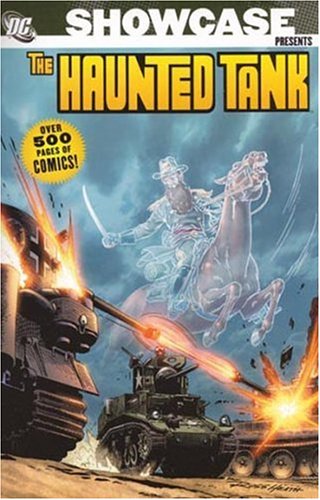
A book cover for Showcase Presents: The Haunted Tank, Vol. 1; Robert Kanigher; Teen & Young Adult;